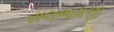
રાલભામજી